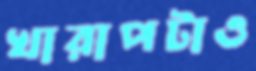
খারাপটাও